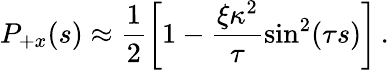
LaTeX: P_{+x}(s)\approx\frac{1}{2}\left[1-\frac{\xi\kappa^{2}}{\tau}\sin^{2}(\tau s)\right]\, .